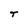
Character: T